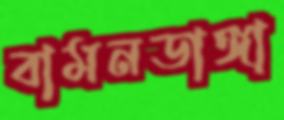
বামনডাঙ্গা